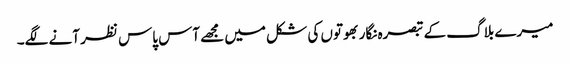
میرے بلاگ کے تبصرہ نگار بھوتوں کی شکل میں مجھے آس پاس نظر آنے لگے۔